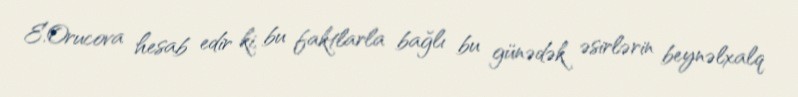
E.Orucova hesab edir ki, bu faktlarla bağlı bu günədək əsirlərin beynəlxalq